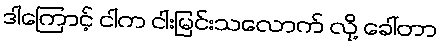
ဒါကြောင့် ငါက ငါးမြင်းသလောက် လို့ ခေါ်တာ